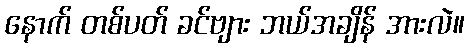
နောက် တစ်ပတ် ခင်ဗျား ဘယ်အချိန် အားလဲ။